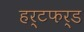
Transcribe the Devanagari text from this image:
हर्टफर्ड